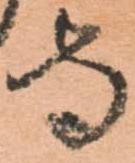
守